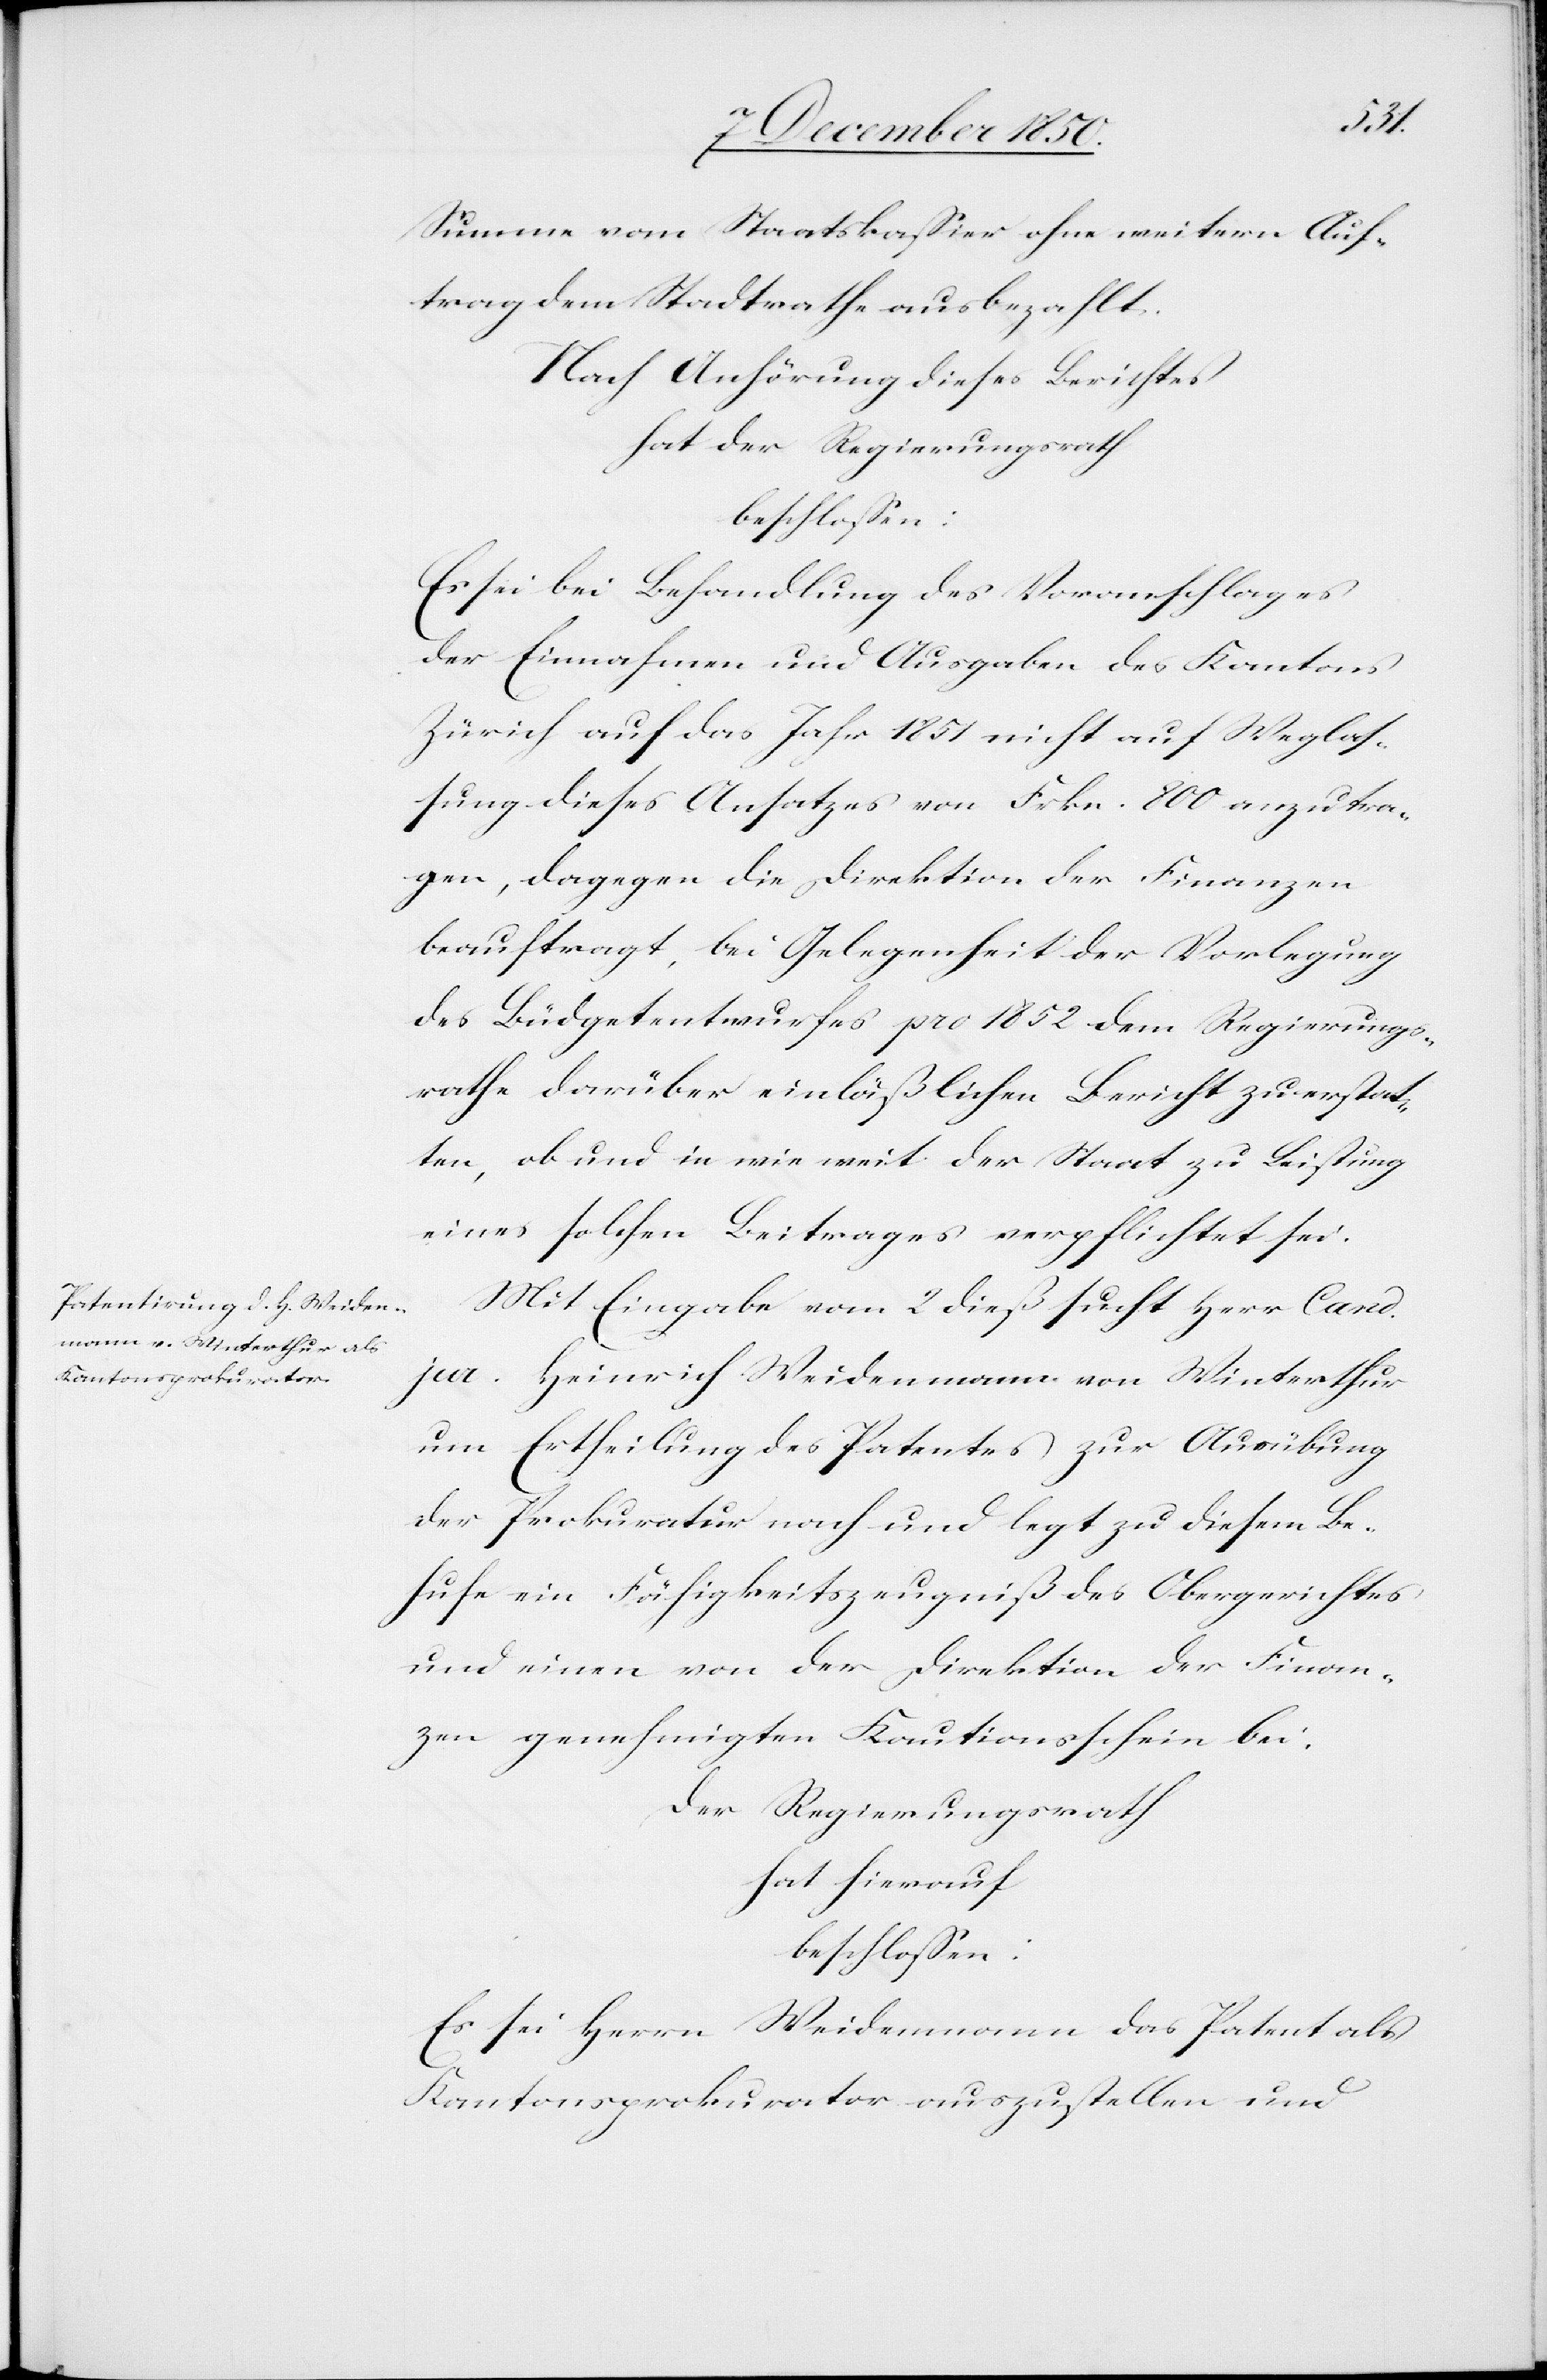
Summe vom Staatskassier ohne weitern Auf¬
trag dem Stadtrathe ausbezahlt.
Nach Anhörung dieses Berichtes
hat der Regierungsrath
beschlossen:
Es sei bei Behandlung des Voranschlages
der Einnahmen und Ausgaben des Kantons
Zürich auf das Jahr 1851 nicht auf Weglas¬
sung dieses Ansatzes von Frkn. 800 anzutra¬
gen, dagegen die Direktion der Finanzen
beauftragt, bei Gelegenheit der Vorlegung
des Büdgetentwurfes pro 1852 dem Regierungs¬
rathe darüber einläßlichen Bericht zu erstat¬
ten, ob und in wie weit der Staat zu Leistung
eines solchen Beitrages verpflichtet sei.
Mit Eingabe vom 2 dieß sucht Herr Cand.
jur. Heinrich Weidenmann von Winterthur
um Ertheilung des Patentes zur Ausübung
der Prokuratur nach und legt zu diesem Be¬
hufe ein Fähigkeitszeugniß des Obergerichtes
und einen von der Direktion der Finan¬
zen genehmigten Kautionsschein bei.
Der Regierungsrath
hat hierauf
beschlossen:
sei Herrn Weidenmann das Patent als
Kantonsprokurator auszustellen und